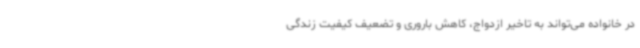
در خانواده می‌تواند به تاخیر ازدواج، کاهش باروری و تضعیف کیفیت زندگی